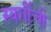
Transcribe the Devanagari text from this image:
स्वर्गीची